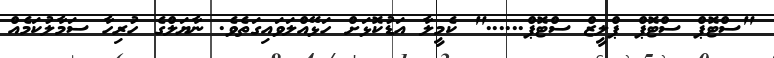
"ސްޓޮޕް ސްޓޮޕް ޕްލީޒް ސްޓޮޕް......" ކެމީލާ އަޑުކޮޅަށް ހަޅޭއްލަވައިގަތެވެ. ނާޔަލްގެ ހުރިހާ ސަމާލުކަމެއް